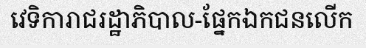
វេទិការាជរដ្ឋាភិបាល-ផ្នែកឯកជនលើក